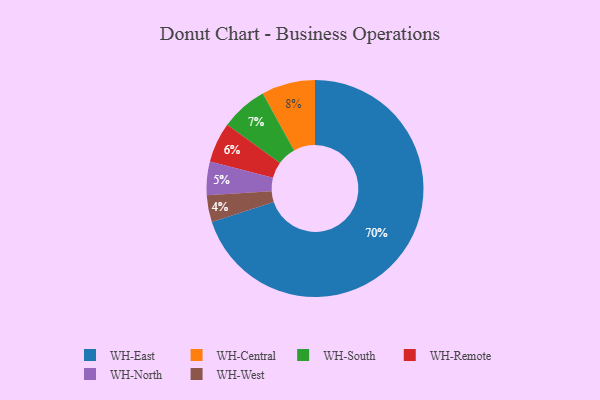
{"axis": {"x": "Category", "y": "Percentage"}, "legend": ["WH-Central", "WH-East", "WH-North", "WH-Remote", "WH-South", "WH-West"], "data": [{"x": "WH-North", "y": 5, "type": "WH-North"}, {"x": "WH-West", "y": 4, "type": "WH-West"}, {"x": "WH-East", "y": 70, "type": "WH-East"}, {"x": "WH-South", "y": 7, "type": "WH-South"}, {"x": "WH-Remote", "y": 6, "type": "WH-Remote"}, {"x": "WH-Central", "y": 8, "type": "WH-Central"}]}